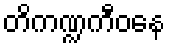
တိကဏ္ဍကီဝနေ